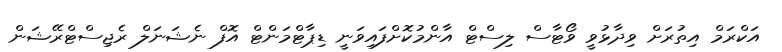
އަކްރަމް އިތުރަށް ވިދާޅުވީ ވޯޓާސް ލިސްޓް އާންމުކޮށްފައިވަނީ ޑިޕާޓްމަންޓް އޮފް ނެޝަނަލް ރެޖިސްޓްރޭޝަން